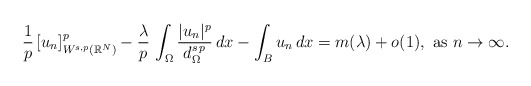
\begin{align*}\frac{1}{p}\,[u_n]^p_{W^{s,p}(\mathbb{R}^N)}-\frac{\lambda}{p}\,\int_\Omega \frac{|u_n|^p}{d_\Omega^{s\,p}}\,dx-\int_B u_n\,dx=m(\lambda)+o(1),\mbox{ as }n\to \infty.\end{align*}